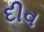
દીવ